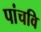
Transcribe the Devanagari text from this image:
पांचवि